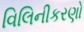
વિલિનીકરણો